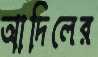
আদিলের